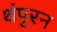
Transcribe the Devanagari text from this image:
थंपुरन